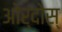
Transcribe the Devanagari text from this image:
ओर्दोस्